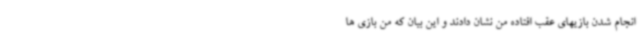
انجام شدن بازیهای عقب افتاده من نشان دادند و این بیان که من بازی ها